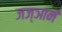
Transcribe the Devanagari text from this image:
जज्ञानं